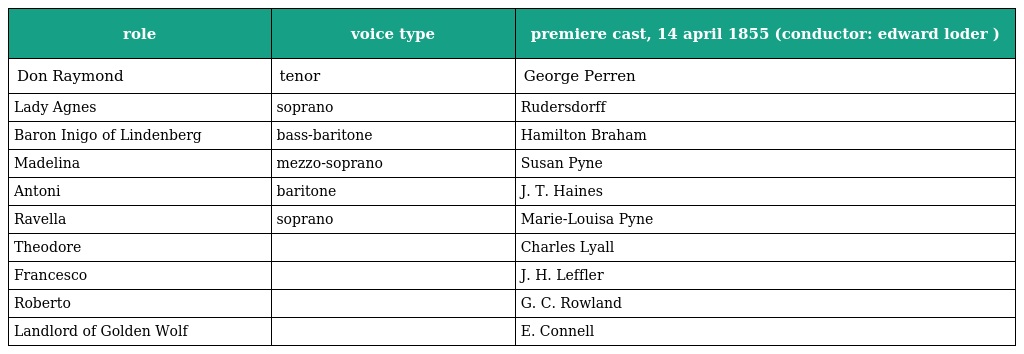
| role | voice type | premiere cast, 14 april 1855 (conductor: edward loder ) |
 | --- | --- | --- |
 | Don Raymond | tenor | George Perren |
 | Lady Agnes | soprano | Rudersdorff |
 | Baron Inigo of Lindenberg | bass-baritone | Hamilton Braham |
 | Madelina | mezzo-soprano | Susan Pyne |
 | Antoni | baritone | J. T. Haines |
 | Ravella | soprano | Marie-Louisa Pyne |
 | Theodore |  | Charles Lyall |
 | Francesco |  | J. H. Leffler |
 | Roberto |  | G. C. Rowland |
 | Landlord of Golden Wolf |  | E. Connell |